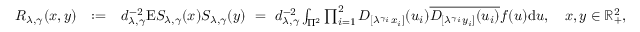
\begin{array} { r l r } { R _ { \lambda , \gamma } ( \boldsymbol { x } , \boldsymbol { y } ) } & { : = } & { d _ { \lambda , \gamma } ^ { - 2 } \mathrm E S _ { \lambda , \gamma } ( \boldsymbol { x } ) S _ { \lambda , \gamma } ( \boldsymbol { y } ) \ = \ d _ { \lambda , \gamma } ^ { - 2 } \int _ { \Pi ^ { 2 } } \prod _ { i = 1 } ^ { 2 } D _ { [ \lambda ^ { \gamma _ { i } } x _ { i } ] } ( u _ { i } ) \overline { { D _ { [ \lambda ^ { \gamma _ { i } } y _ { i } ] } ( u _ { i } ) } } f ( \boldsymbol { u } ) \mathrm d \boldsymbol { u } , \quad \boldsymbol { x } , \boldsymbol { y } \in \mathbb { R } _ { + } ^ { 2 } , } \end{array}